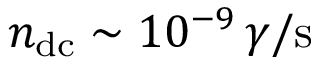
n _ { \mathrm { d c } } \sim 1 0 ^ { - 9 } \, \gamma / \mathrm { s }